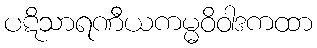
ပဋိသာရဏီယကမ္မဝိဝါဒကထာ